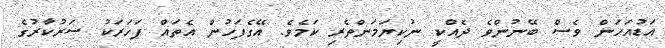
އަޑުއަހަން ވެސް ބޭނުންވެ ދެއްކީ ނުކިޔަމަންތެރި ކަމެވެ. އޭގެފަހުން އެތައް ފަހަރަކު ސަރުކާރުގެ